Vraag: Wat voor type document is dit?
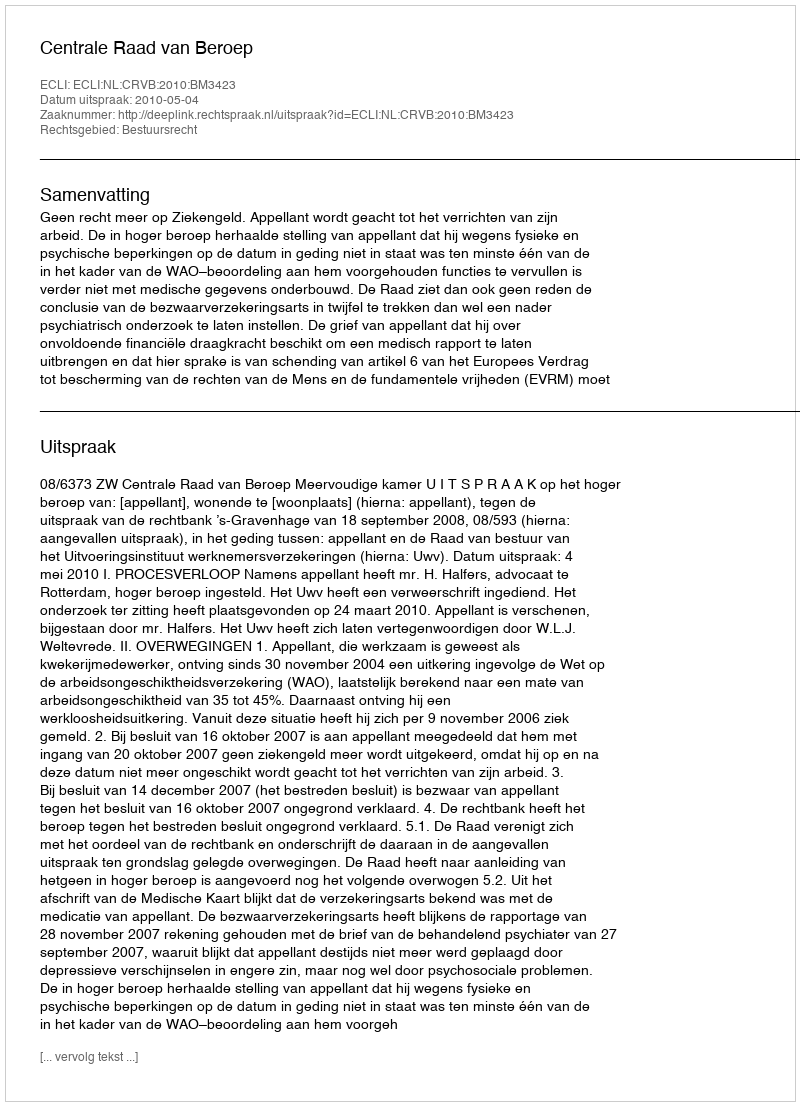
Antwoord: Uitspraak